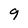
Character: 9